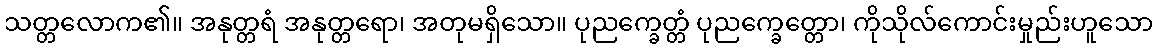
သတ္တလောက၏။ အနုတ္တရံ အနုတ္တရော၊ အတုမရှိသော။ ပုညက္ခေတ္တံ ပုညက္ခေတ္တော၊ ကိုသိုလ်ကောင်းမှုည်းဟူသော